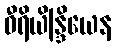
ဝီရိယိန္ဒြိယေန